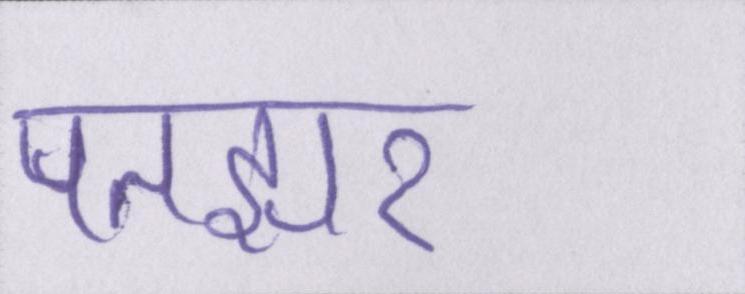
पतझर